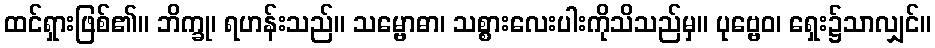
ထင်ရှားဖြစ်၏။ ဘိက္ခု၊ ရဟန်းသည်။ သမ္ဗောဓာ၊ သစ္စားလေးပါးကိုသိသည်မှ။ ပုဗ္ဗေဝ၊ ရှေး၌သာလျှင်။